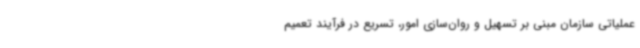
عملیاتی سازمان مبنی بر تسهیل و روان‌سازی امور، تسریع در فرآیند تعمیم